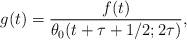
LaTeX: \begin{align*}g(t) = \frac{f(t)}{\theta_0(t + \tau + 1/2; 2\tau)},\end{align*}